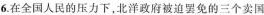
6.在全国人民的压力下，北洋政府被迫罢免的三个卖国